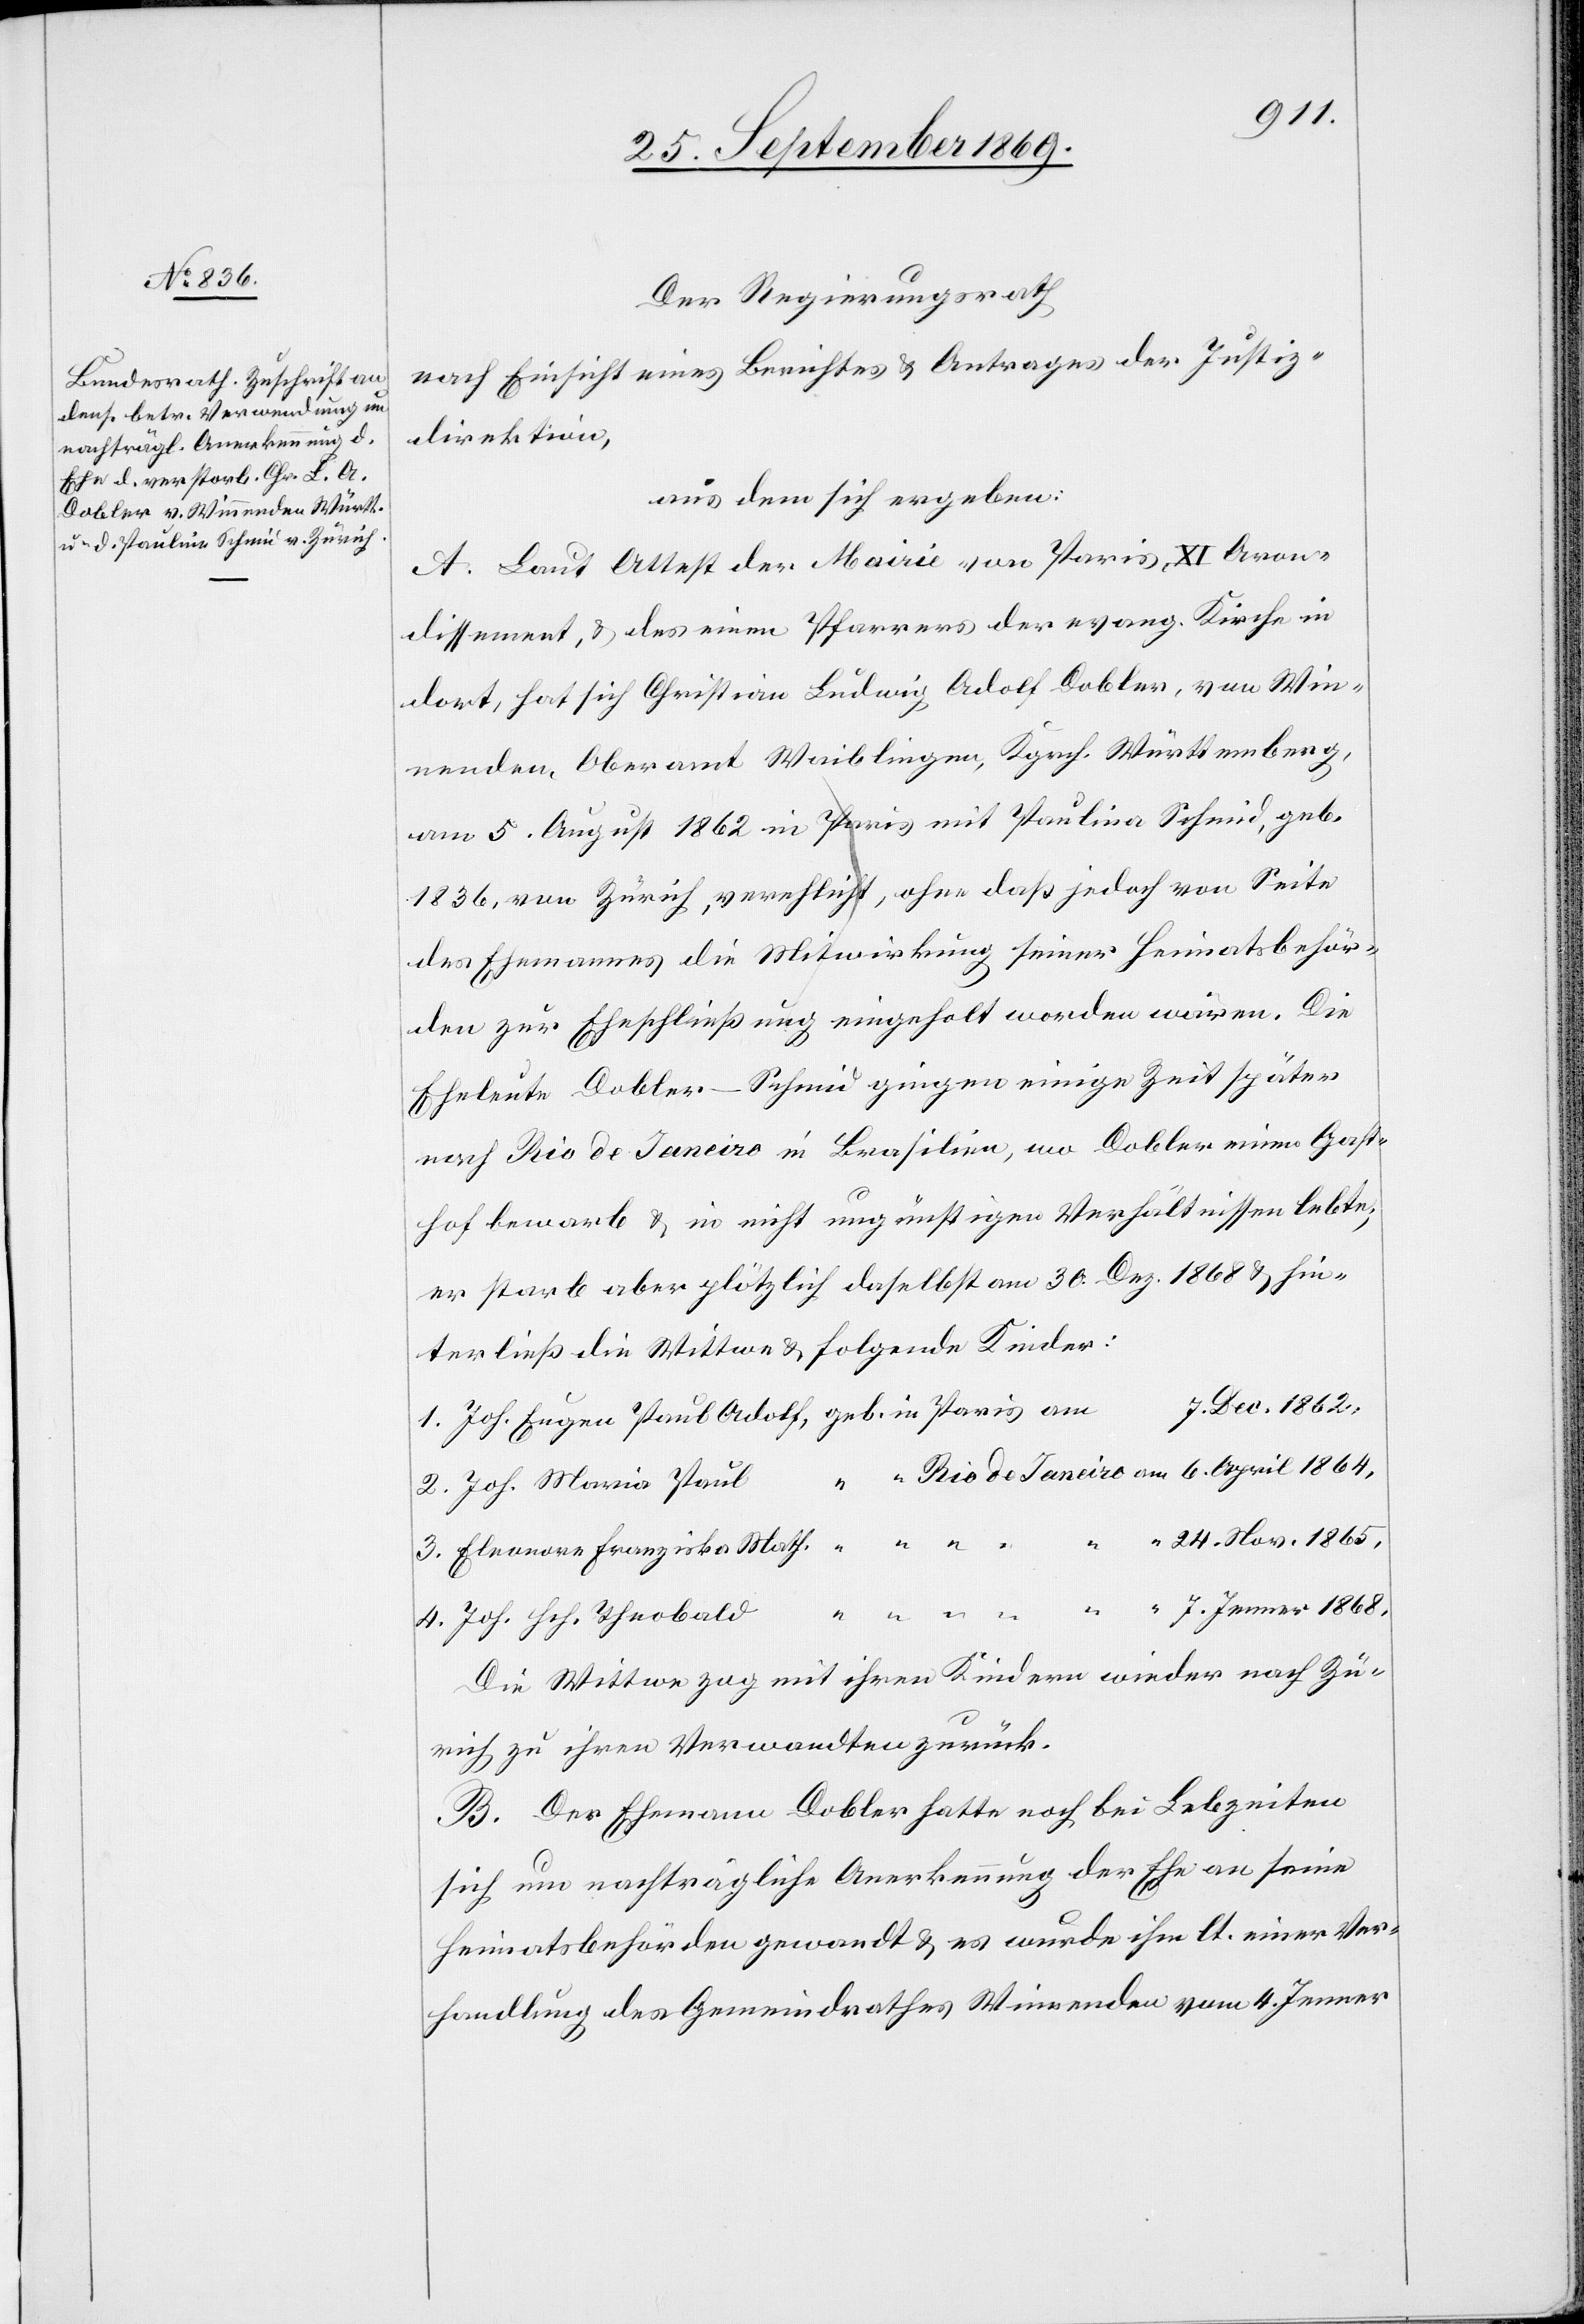
Der Regierungsrath
eines Berichtes & Antrages der Justiz¬
nach Einsicht
direktion,
aus dem sich ergeben:
A. Laut Attest der Mairie von Paris, XI Aron¬
dissement, & des einen Pfarrers der evang. Kirche in
dort, hat sich Christian Ludwig Adolf Dobler, von Win¬
nenden, Oberamt Waiblingen, Kgrch. Württemberg,
am 5. August 1862 in Paris mit Paulina [sic!] Schmid, geb.
1836, von Zürich, verehlicht, ohne daß jedoch von Seite
des Ehemannes die Mitwirkung seiner Heimatsbehör¬
den zur Eheschließung eingeholt worden wären [sic!]. Die
Eheleute Dobler–Schmid gingen einige Zeit später
nach Rio de Janeiro in Brasilien, wo Dobler einen Gast¬
hof bewarb & in nicht ungünstigen Verhältnissen lebte;
er starb aber plötzlich daselbst am 30. Dez. 1868 & hin¬
terließ die Wittwe & folgende Kinder:
7. Dec. 1862,
6.
2. Joh. Maria Paul
24. Nov. 1865,
3. Eleonore Franziska Math.
4. Joh. Hch. Theobald
Die Wittwe zog mit ihren Kindern wieder nach Zü¬
rich zu ihren Verwandten zurück.
B. Der Ehemann Dobler hatte noch bei Lebzeiten
sich um nachträgliche Anerkennung der Ehe an seine
Heimatsbehörden gewandt & es wurde ihm lt. einer Ver¬
handlung des Gemeindrathes Winnenden vom 4. Jenner